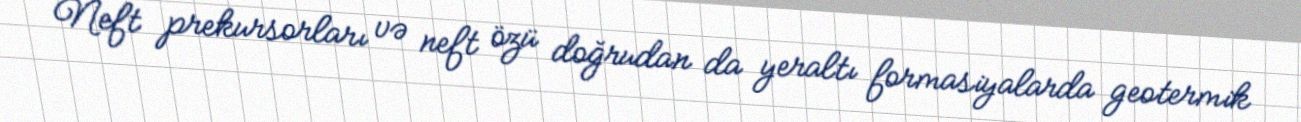
Neft prekursorları və neft özü doğrudan da yeraltı formasiyalarda geotermik